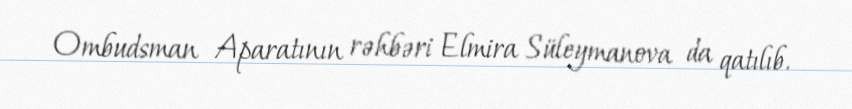
Ombudsman Aparatının rəhbəri Elmira Süleymanova da qatılıb.